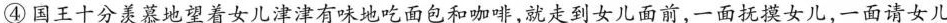
④国王十分羡慕地望着女儿津津有味地吃面包和咖啡，就走到女儿面前，一面抚摸女儿，一面请女儿